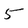
Character: 5